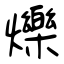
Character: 爍